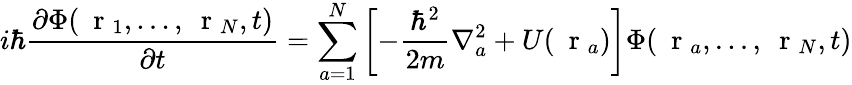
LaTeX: i\hbar\frac{\partial\Phi(\mathrm{~\mathbf~r~}_{1},...,\mathrm{~\mathbf~r~}_{N},t)}{\partial t}=\sum_{a=1}^{N}\left[-\frac{\hbar^{2}}{2m}\nabla_{a}^{2}+U(\mathrm{~\mathbf~r~}_{a})\right]\Phi(\mathrm{~\mathbf~r~}_{a},...,\mathrm{~\mathbf~r~}_{N},t)